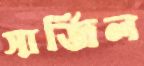
সার্জিল